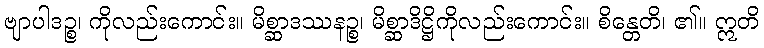
ဗျာပါဒဉ္စ၊ ကိုလည်းကောင်း။ မိစ္ဆာဒဿနဉ္စ၊ မိစ္ဆာဒိဋ္ဌိကိုလည်းကောင်း။ စိန္တေတိ၊ ၏။ ဣတိ